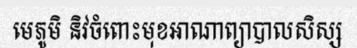
មេភូមិ និវចំពោះមុខអាណាព្យាបាលសិស្ស